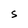
Character: O